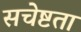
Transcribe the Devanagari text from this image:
सचेष्टता